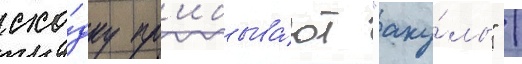
схо́дку пр'ибыва́ют "аку́лы" /